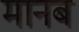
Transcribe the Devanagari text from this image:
मानब